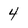
Character: 4